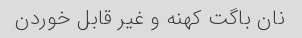
نان باگت کهنه و غیر قابل خوردن